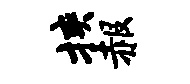
挟赧